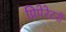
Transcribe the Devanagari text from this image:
प्रिपेरेटरी